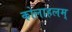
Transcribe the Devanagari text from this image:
कोलाहलम्